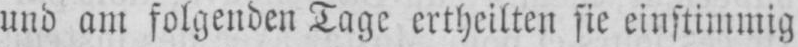
und am folgenden Tage ertheilten sie einstimmig